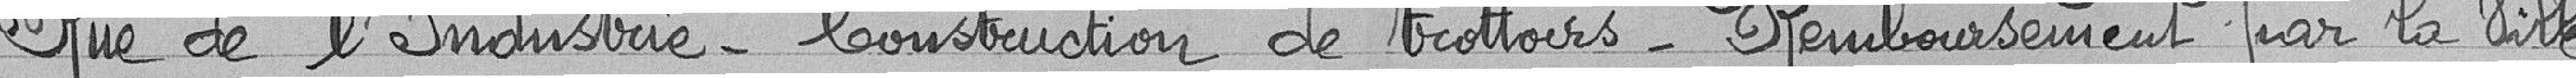
Rue de l'industrie - Construction de trottoirs - Remboursement par la ville